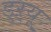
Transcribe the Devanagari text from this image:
ड्‌ऱ्यू